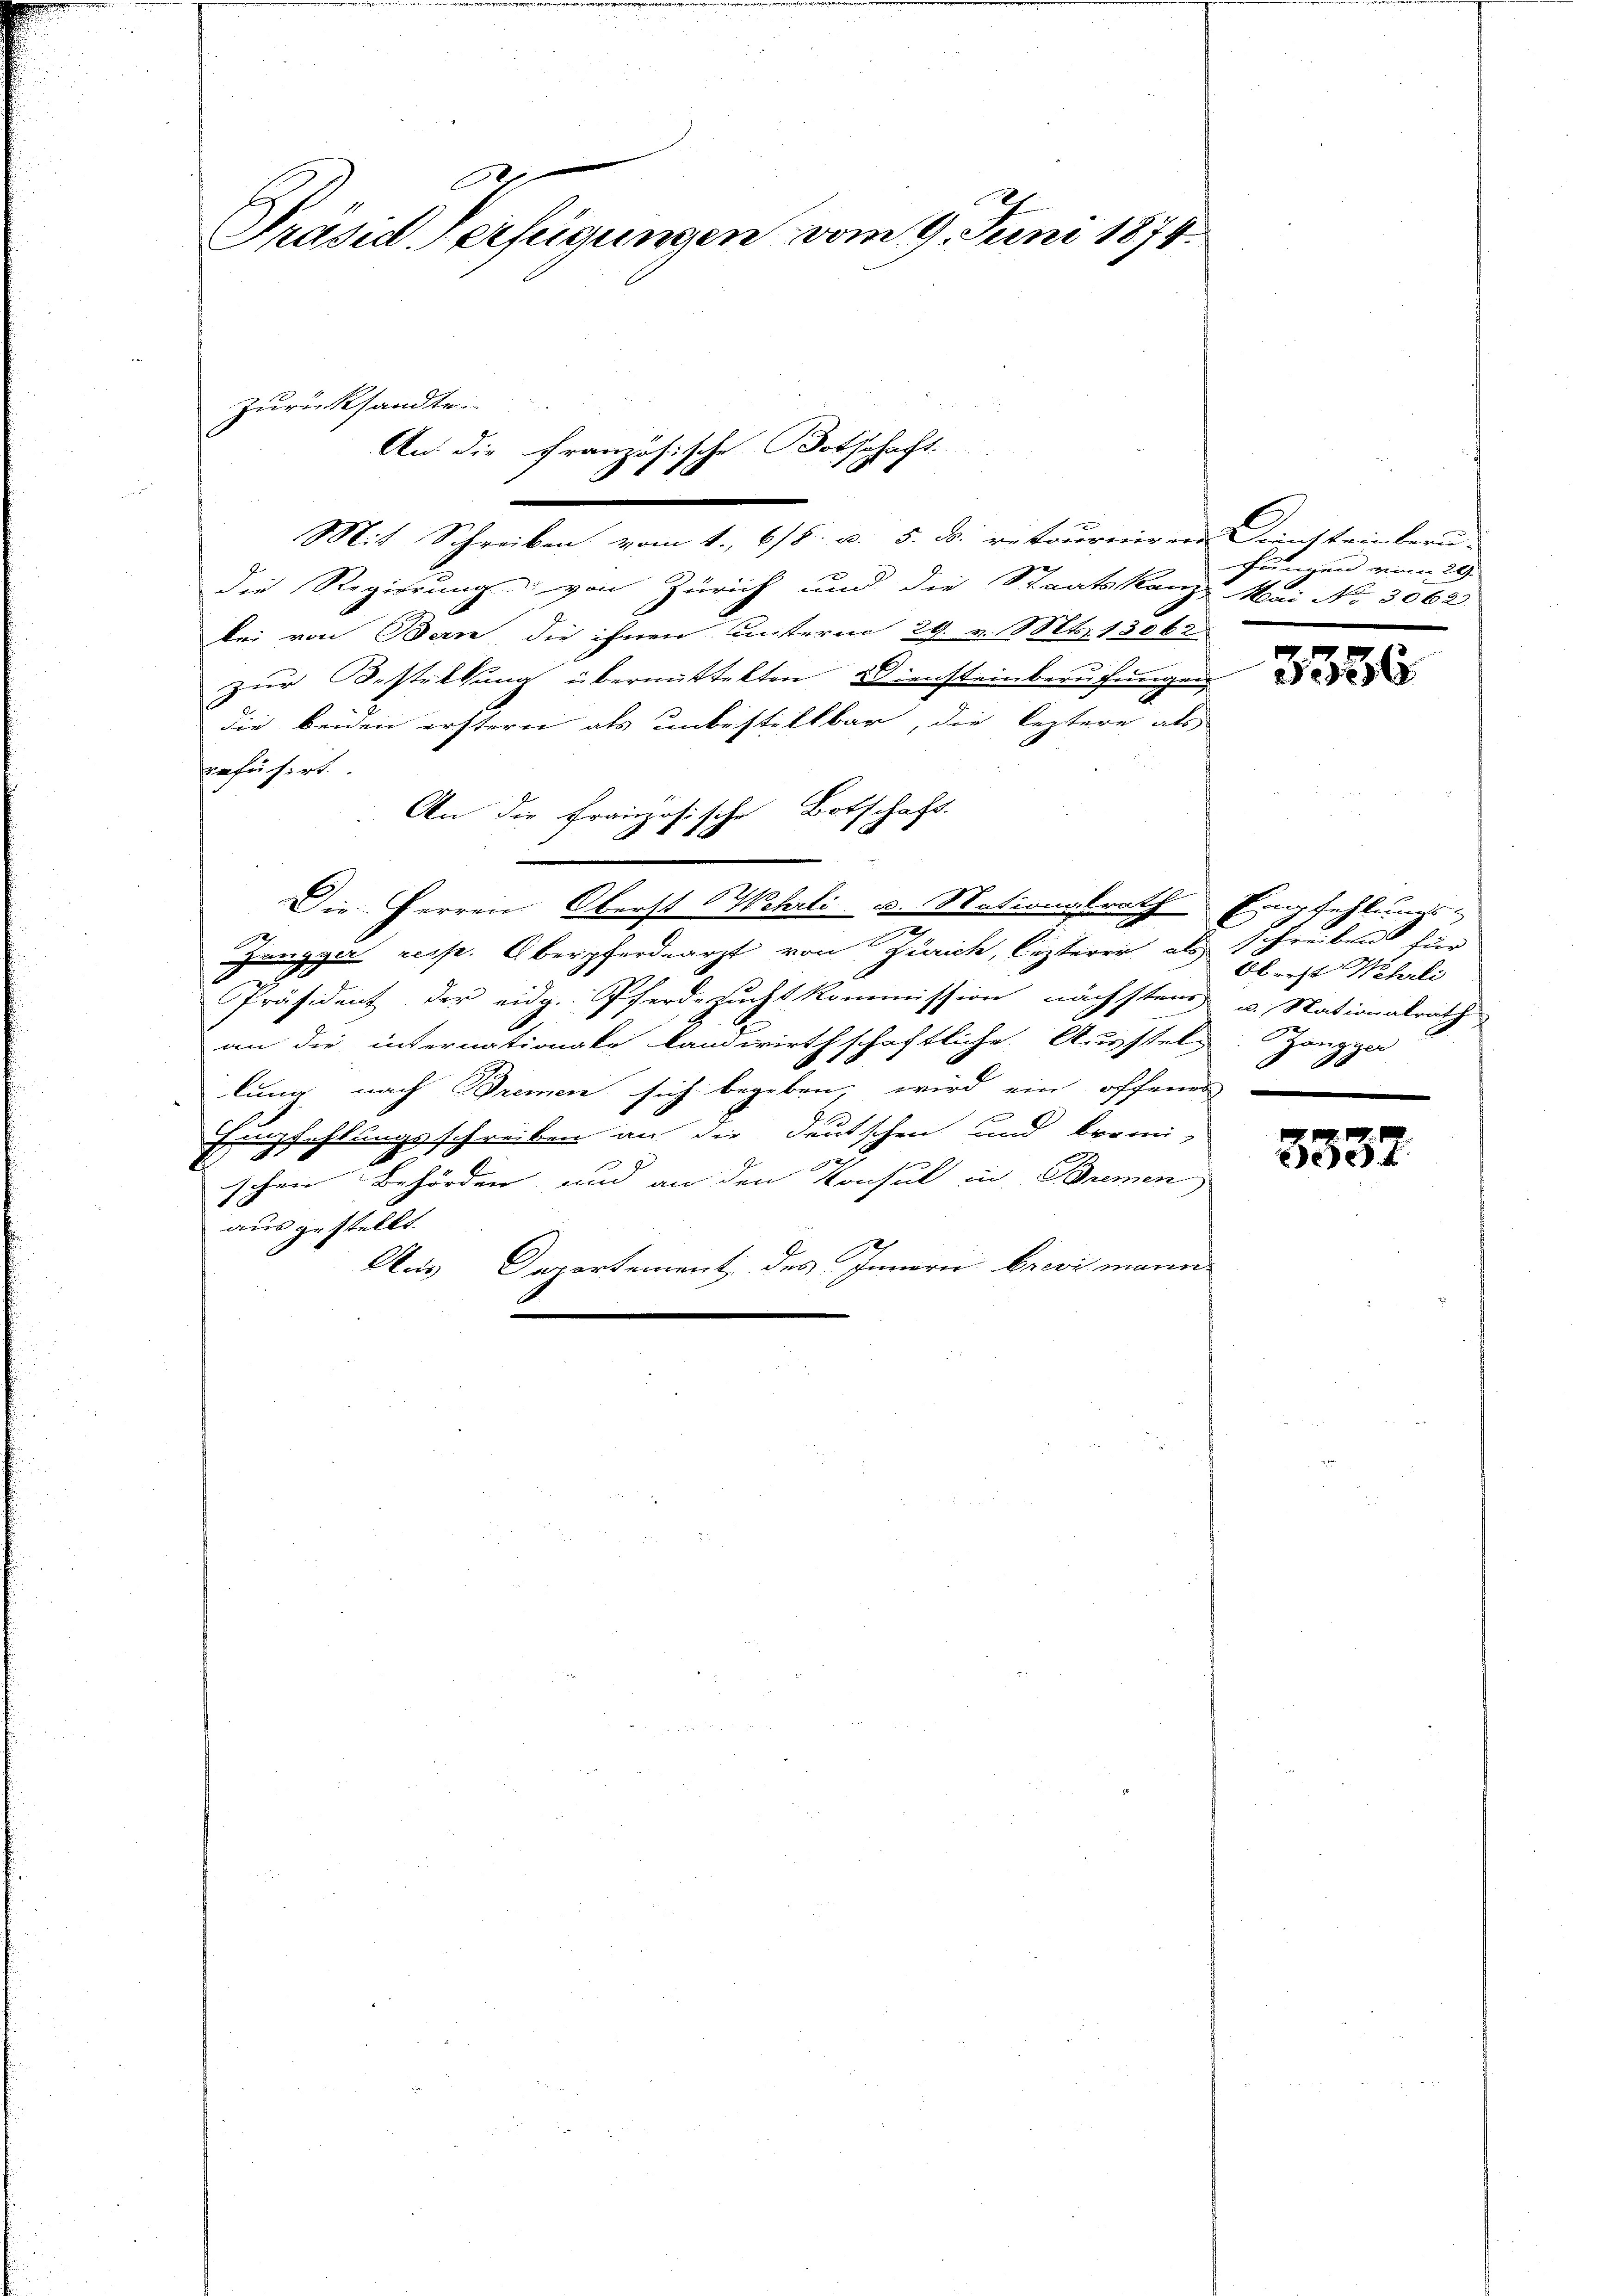
Präsid. Verfügungen vom 9. Juni 1874.

Mit Schreiben vom 1. 618. u. 5. d. retourniren Diensteinberu-
Die Regierung von Zürich und die Staatskanz Mai No 3062
bei von Bern die ihnen unterm 29. v. Mts. 13062.
zur Bestellung übermittelten Diensteinberuchungen
die beiden erstern als unbestellbar, die leztere als
refüsiert.
An die Französische Botschaft.
Die Herren Oberst Wehrli u. Nationalrath Empfehlungs-
Zangger resp. Oberpferdearzt von Zürich, lezterer als schreibens hier
Präsident der eidg. Pferdezucht kommission nächsten u. Nationalrath
an die internationale landwirthschaftliche Ausstelg. Zanggar
lung nach Bremen sich begeben, wird ein offenen
Empfehlungsschreiben an die Deutschen und bromi-
schen Behörden und an den Konsul in Bremen
ausgestellt.
Aus Departement des Innerei Brevi mann

Zurücksandte

Botschaft.
An die Französische
.

Frungen vom 29.

3386

Oberst Wehrli

3332